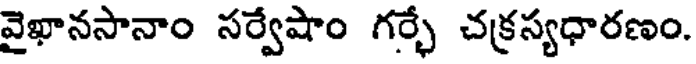
వైఖానసానాం సర్వేషాం గర్భే చక్రస్యధారణం.